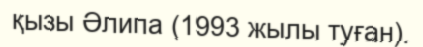
қызы Әлипа (1993 жылы туған).